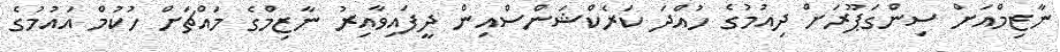
ނާޒިމްއަށް ސިންގަޕޫރަށް ދިއުމުގެ ހުއްދަ ކަރެކްޝަންސްއިން ދީފައިވާއިރު ނާޒިމްގެ މައްޗަށް ހުކުމް އައުމުގެ